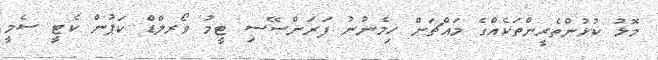
މޮޅު ކުޅުންތެރީންތަކެއްގެ މައްޗަށް ހިމެނުނު ފަރަންސޭސި ޓީމު ވޯރލްޑް ކަޕުން ކެޓީ ސެމީ